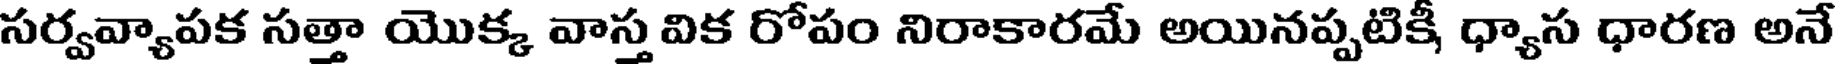
సర్వవ్యాపక సత్తా యొక్క వాస్త విక రోపం నిరాకారమే అయినప్పటికీ ధ్యాస ధారణ అనే